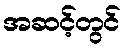
အဆင့်တွင်